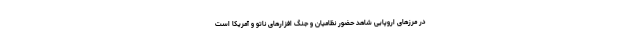
در مرزهای اروپایی شاهد حضور نظامیان و جنگ افزارهای ناتو و آمریکا است